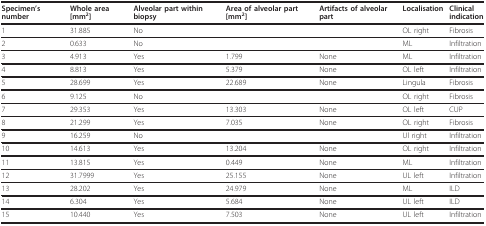
<table><thead><tr><td><b>Specimen&#x27;s number</b></td><td><b>Whole area [mm<sup>2</sup>]</b></td><td><b>Alveolar part within biopsy</b></td><td><b>Area of alveolar part [mm<sup>2</sup>]</b></td><td><b>Artifacts of alveolar part</b></td><td><b>Localisation</b></td><td><b>Clinicalindication</b></td></tr></thead><tbody><tr><td>1</td><td>31.885</td><td>No</td><td></td><td></td><td>OL right</td><td>Fibrosis</td></tr><tr><td>2</td><td>0.633</td><td>No</td><td></td><td></td><td>ML</td><td>Infiltration</td></tr><tr><td>3</td><td>4.913</td><td>Yes</td><td>1.799</td><td>None</td><td>ML</td><td>Infiltration</td></tr><tr><td>4</td><td>8.813</td><td>Yes</td><td>5.379</td><td>None</td><td>OL left</td><td>Infiltration</td></tr><tr><td>5</td><td>28.699</td><td>Yes</td><td>22.689</td><td>None</td><td>Lingula</td><td>Fibrosis</td></tr><tr><td>6</td><td>9.125</td><td>No</td><td></td><td></td><td>OL right</td><td>Fibrosis</td></tr><tr><td>7</td><td>29.353</td><td>Yes</td><td>13.303</td><td>None</td><td>OL left</td><td>CUP</td></tr><tr><td>8</td><td>21.299</td><td>Yes</td><td>7.035</td><td>None</td><td>OL right</td><td>Fibrosis</td></tr><tr><td>9</td><td>16.259</td><td>No</td><td></td><td></td><td>Ul right</td><td>Infiltration</td></tr><tr><td>10</td><td>14.613</td><td>Yes</td><td>13.204</td><td>None</td><td>OL right</td><td>Infiltration</td></tr><tr><td>11</td><td>13.815</td><td>Yes</td><td>0.449</td><td>None</td><td>ML</td><td>Infiltration</td></tr><tr><td>12</td><td>31.7999</td><td>Yes</td><td>25.155</td><td>None</td><td>UL left</td><td>Infiltration</td></tr><tr><td>13</td><td>28.202</td><td>Yes</td><td>24.979</td><td>None</td><td>ML</td><td>ILD</td></tr><tr><td>14</td><td>6.304</td><td>Yes</td><td>5.684</td><td>None</td><td>UL left</td><td>ILD</td></tr><tr><td>15</td><td>10.440</td><td>Yes</td><td>7.503</td><td>None</td><td>UL left</td><td>Infiltration</td></tr></tbody></table>